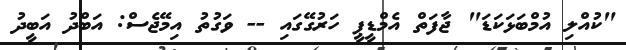
"ކުއްލި އުމްބަޅަކަޑަ" ޖާފަތް އެމްޑީޕީ ހަރުގޭގައި -- ވަގުތު އިމޭޖެސް: އަބްދު އަބީދު